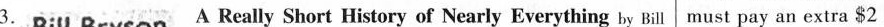
3. A Really Short History of Nearly Everything by Bill must pay an extra $2